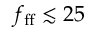
f _ { \mathrm { f f } } \lesssim 2 5